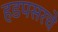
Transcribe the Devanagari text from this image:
हडपसरचे